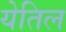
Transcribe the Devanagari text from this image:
येतिल